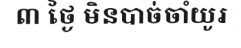
៣ ថ្ងៃ មិនបាច់ចាំយូរ